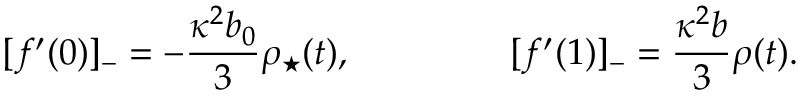
[ f ^ { \prime } ( 0 ) ] _ { - } = - { \frac { \kappa ^ { 2 } b _ { 0 } } { 3 } } \rho _ { \star } ( t ) , ~ ~ ~ ~ ~ ~ ~ ~ ~ ~ ~ ~ ~ [ f ^ { \prime } ( 1 ) ] _ { - } = { \frac { \kappa ^ { 2 } b } { 3 } } \rho ( t ) .